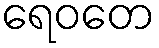
ရေဝတေ